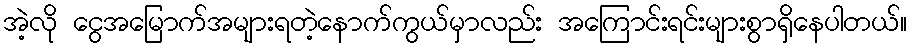
အဲ့လို ငွေအမြောက်အများရတဲ့နောက်ကွယ်မှာလည်း အကြောင်းရင်းများစွာရှိနေပါတယ်။